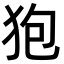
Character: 狍